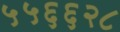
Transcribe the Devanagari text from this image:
५५६६२८